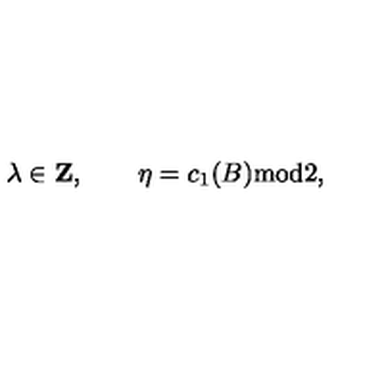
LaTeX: \lambda \in { \bf Z } , \qquad \eta = c _ { 1 } ( B ) \mathrm { m o d } 2 ,